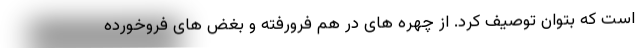
است که بتوان توصیف کرد. از چهره های در هم فرورفته و بغض های فروخورده